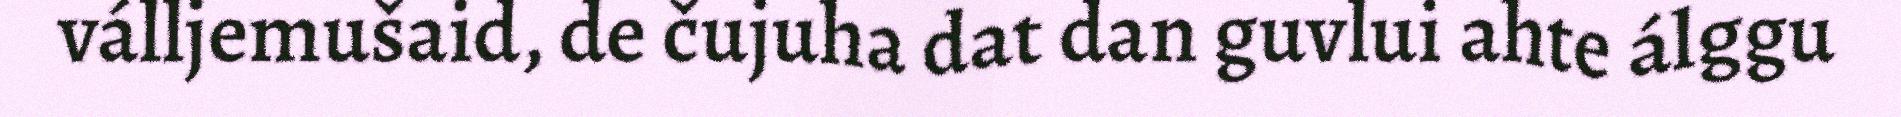
válljemušaid, de čujuha dat dan guvlui ahte álggu